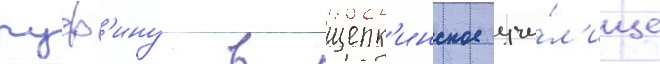
руф'ину в щепк'инское учи́л'ище